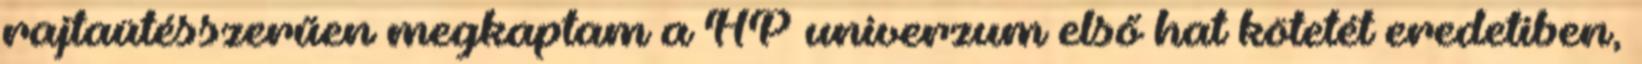
rajtaütésszerűen megkaptam a HP univerzum első hat kötetét eredetiben,